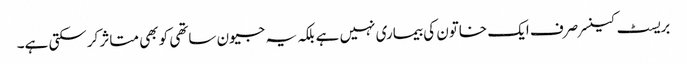
بریسٹ کینسر صرف ایک خاتون کی بیماری نہیں ہے بلکہ یہ جیون ساتھی کو بھی متاثر کرسکتی ہے۔